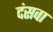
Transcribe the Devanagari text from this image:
दंसवा